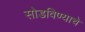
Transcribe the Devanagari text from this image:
सोडविण्‍याचे